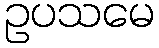
ဥပသမေ